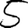
Digit: 5